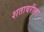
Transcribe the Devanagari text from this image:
शतावरीला